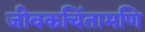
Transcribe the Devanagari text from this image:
जीवकचिंतामणि